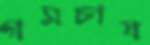
গমচাষ